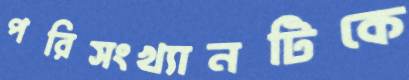
পরিসংখ্যানটিকে